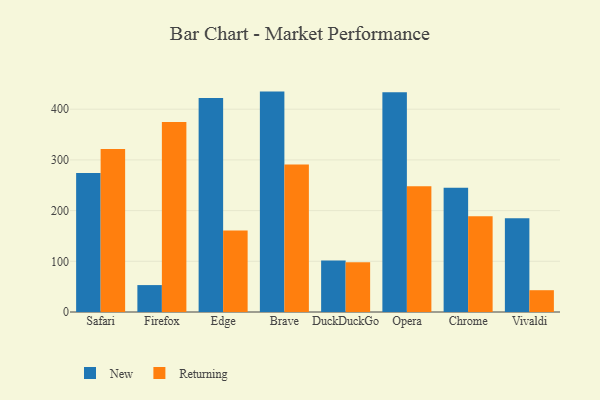
{"axis": {"x": "Browser", "y": "Population (Million)"}, "legend": ["New", "Returning"], "data": [{"x": "Safari", "y": 274.1, "type": "New"}, {"x": "Safari", "y": 321.7, "type": "Returning"}, {"x": "Firefox", "y": 53.1, "type": "New"}, {"x": "Firefox", "y": 374.5, "type": "Returning"}, {"x": "Edge", "y": 421.9, "type": "New"}, {"x": "Edge", "y": 160.8, "type": "Returning"}, {"x": "Brave", "y": 434.7, "type": "New"}, {"x": "Brave", "y": 291.1, "type": "Returning"}, {"x": "DuckDuckGo", "y": 101.6, "type": "New"}, {"x": "DuckDuckGo", "y": 98.1, "type": "Returning"}, {"x": "Opera", "y": 433.2, "type": "New"}, {"x": "Opera", "y": 247.9, "type": "Returning"}, {"x": "Chrome", "y": 245.0, "type": "New"}, {"x": "Chrome", "y": 189.0, "type": "Returning"}, {"x": "Vivaldi", "y": 184.9, "type": "New"}, {"x": "Vivaldi", "y": 43.0, "type": "Returning"}]}